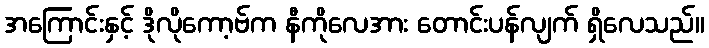
အကြောင်းနှင့် ဒိုလိုကော့ဗ်က နီကိုလေအား တောင်းပန်လျက် ရှိလေသည်။